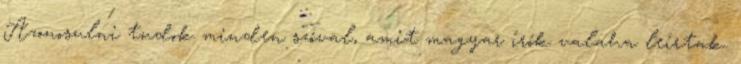
Azonosulni tudok minden szóval, amit magyar írók valaha leírtak.